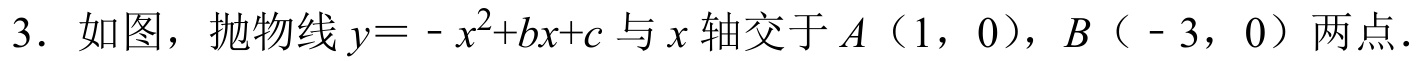
3. 如图，抛物线\(y = -x^{2}+bx + c\)与\(x\)轴交于\(A\)（1，0），\(B\)（ - 3，0）两点.